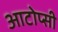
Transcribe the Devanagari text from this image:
आटोप्सी